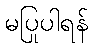
မပြုပါရန်